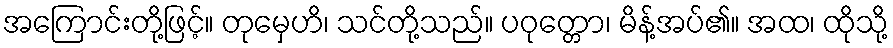
အကြောင်းတို့ဖြင့်။ တုမှေဟိ၊ သင်တို့သည်။ ပဝုတ္တော၊ မိန့်အပ်၏။ အထ၊ ထိုသို့